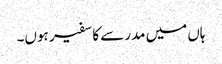
ہاں میں مدرسے کا سفیر ہوں۔